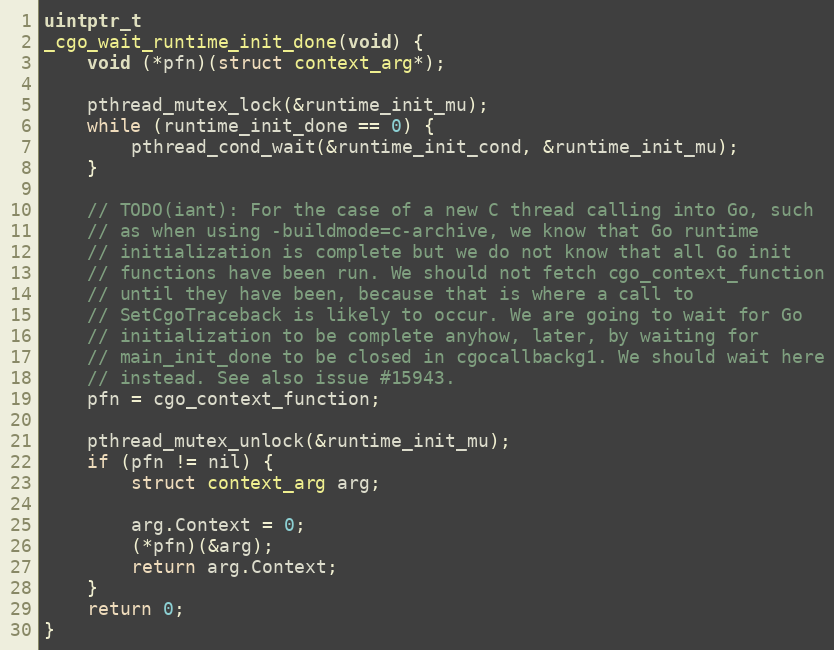
Language: C
uintptr_t
_cgo_wait_runtime_init_done(void) {
	void (*pfn)(struct context_arg*);

	pthread_mutex_lock(&runtime_init_mu);
	while (runtime_init_done == 0) {
		pthread_cond_wait(&runtime_init_cond, &runtime_init_mu);
	}

	// TODO(iant): For the case of a new C thread calling into Go, such
	// as when using -buildmode=c-archive, we know that Go runtime
	// initialization is complete but we do not know that all Go init
	// functions have been run. We should not fetch cgo_context_function
	// until they have been, because that is where a call to
	// SetCgoTraceback is likely to occur. We are going to wait for Go
	// initialization to be complete anyhow, later, by waiting for
	// main_init_done to be closed in cgocallbackg1. We should wait here
	// instead. See also issue #15943.
	pfn = cgo_context_function;

	pthread_mutex_unlock(&runtime_init_mu);
	if (pfn != nil) {
		struct context_arg arg;

		arg.Context = 0;
		(*pfn)(&arg);
		return arg.Context;
	}
	return 0;
}